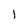
Character: I